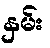
နှမ်း